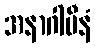
အနာဂါမီနံ